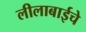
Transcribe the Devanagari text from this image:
लीलाबाईचे